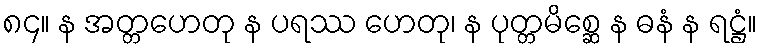
၈၄။ န အတ္တဟေတု န ပရဿ ဟေတု၊ န ပုတ္တမိစ္ဆေ န ဓနံ န ရဋ္ဌံ။